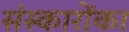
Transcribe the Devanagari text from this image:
संस्कारोंका